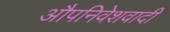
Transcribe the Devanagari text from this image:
औपनिवेशवादी